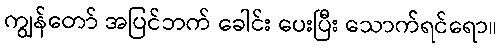
ကျွန်တော် အပြင်ဘက် ခေါင်း ပေးပြီး သောက်ရင်ရော။